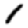
Digit: 1